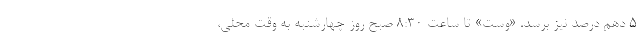
۵ دهم درصد نیز برسد. «وست» تا ساعت ۸:۳۰ صبح روز چهارشنبه به وقت محلی،